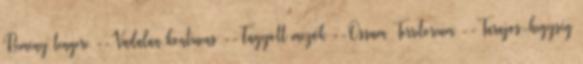
Remény tengere --Vadalan kontinens --Fagyott mezők --Ossum Territorium --Tarajos-hegység